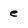
Character: e